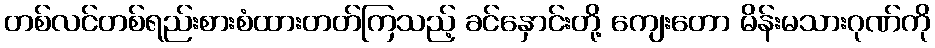
တစ်လင်တစ်ရည်းစားစံထားတတ်ကြသည့် ခင်နှောင်းတို့ ကျေးတော မိန်းမသားဂုဏ်ကို